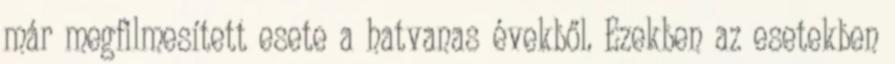
már megfilmesített esete a hatvanas évekből. Ezekben az esetekben